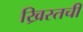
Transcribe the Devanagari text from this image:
ख्रिस्तची